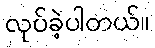
လုပ်ခဲ့ပါတယ်။